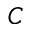
C